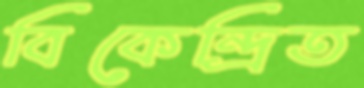
বিকেন্দ্রিত